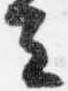
去